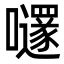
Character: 嚺